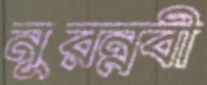
নুরন্নবী